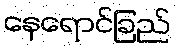
နေရောင်ခြည်